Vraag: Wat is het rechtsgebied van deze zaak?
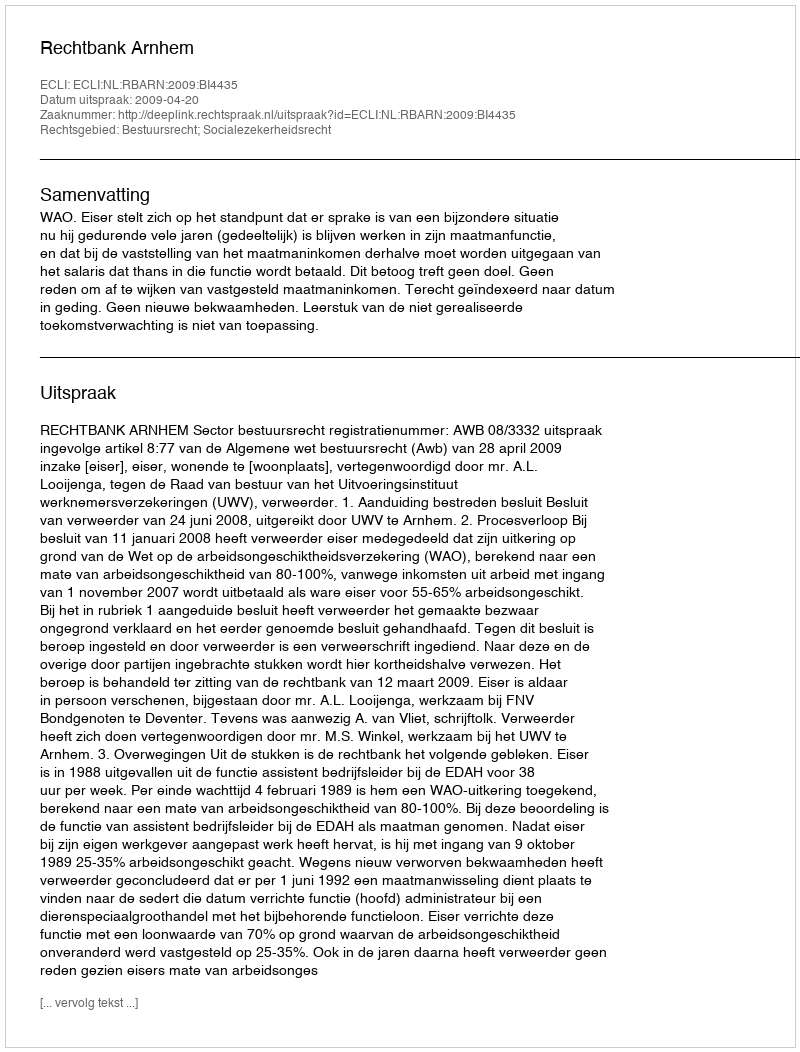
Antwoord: Bestuursrecht; Socialezekerheidsrecht